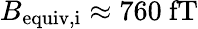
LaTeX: B_{\mathrm{equiv,i}}\approx 760~\mathrm{fT}